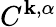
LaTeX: C^{\mathbf{k},\alpha}